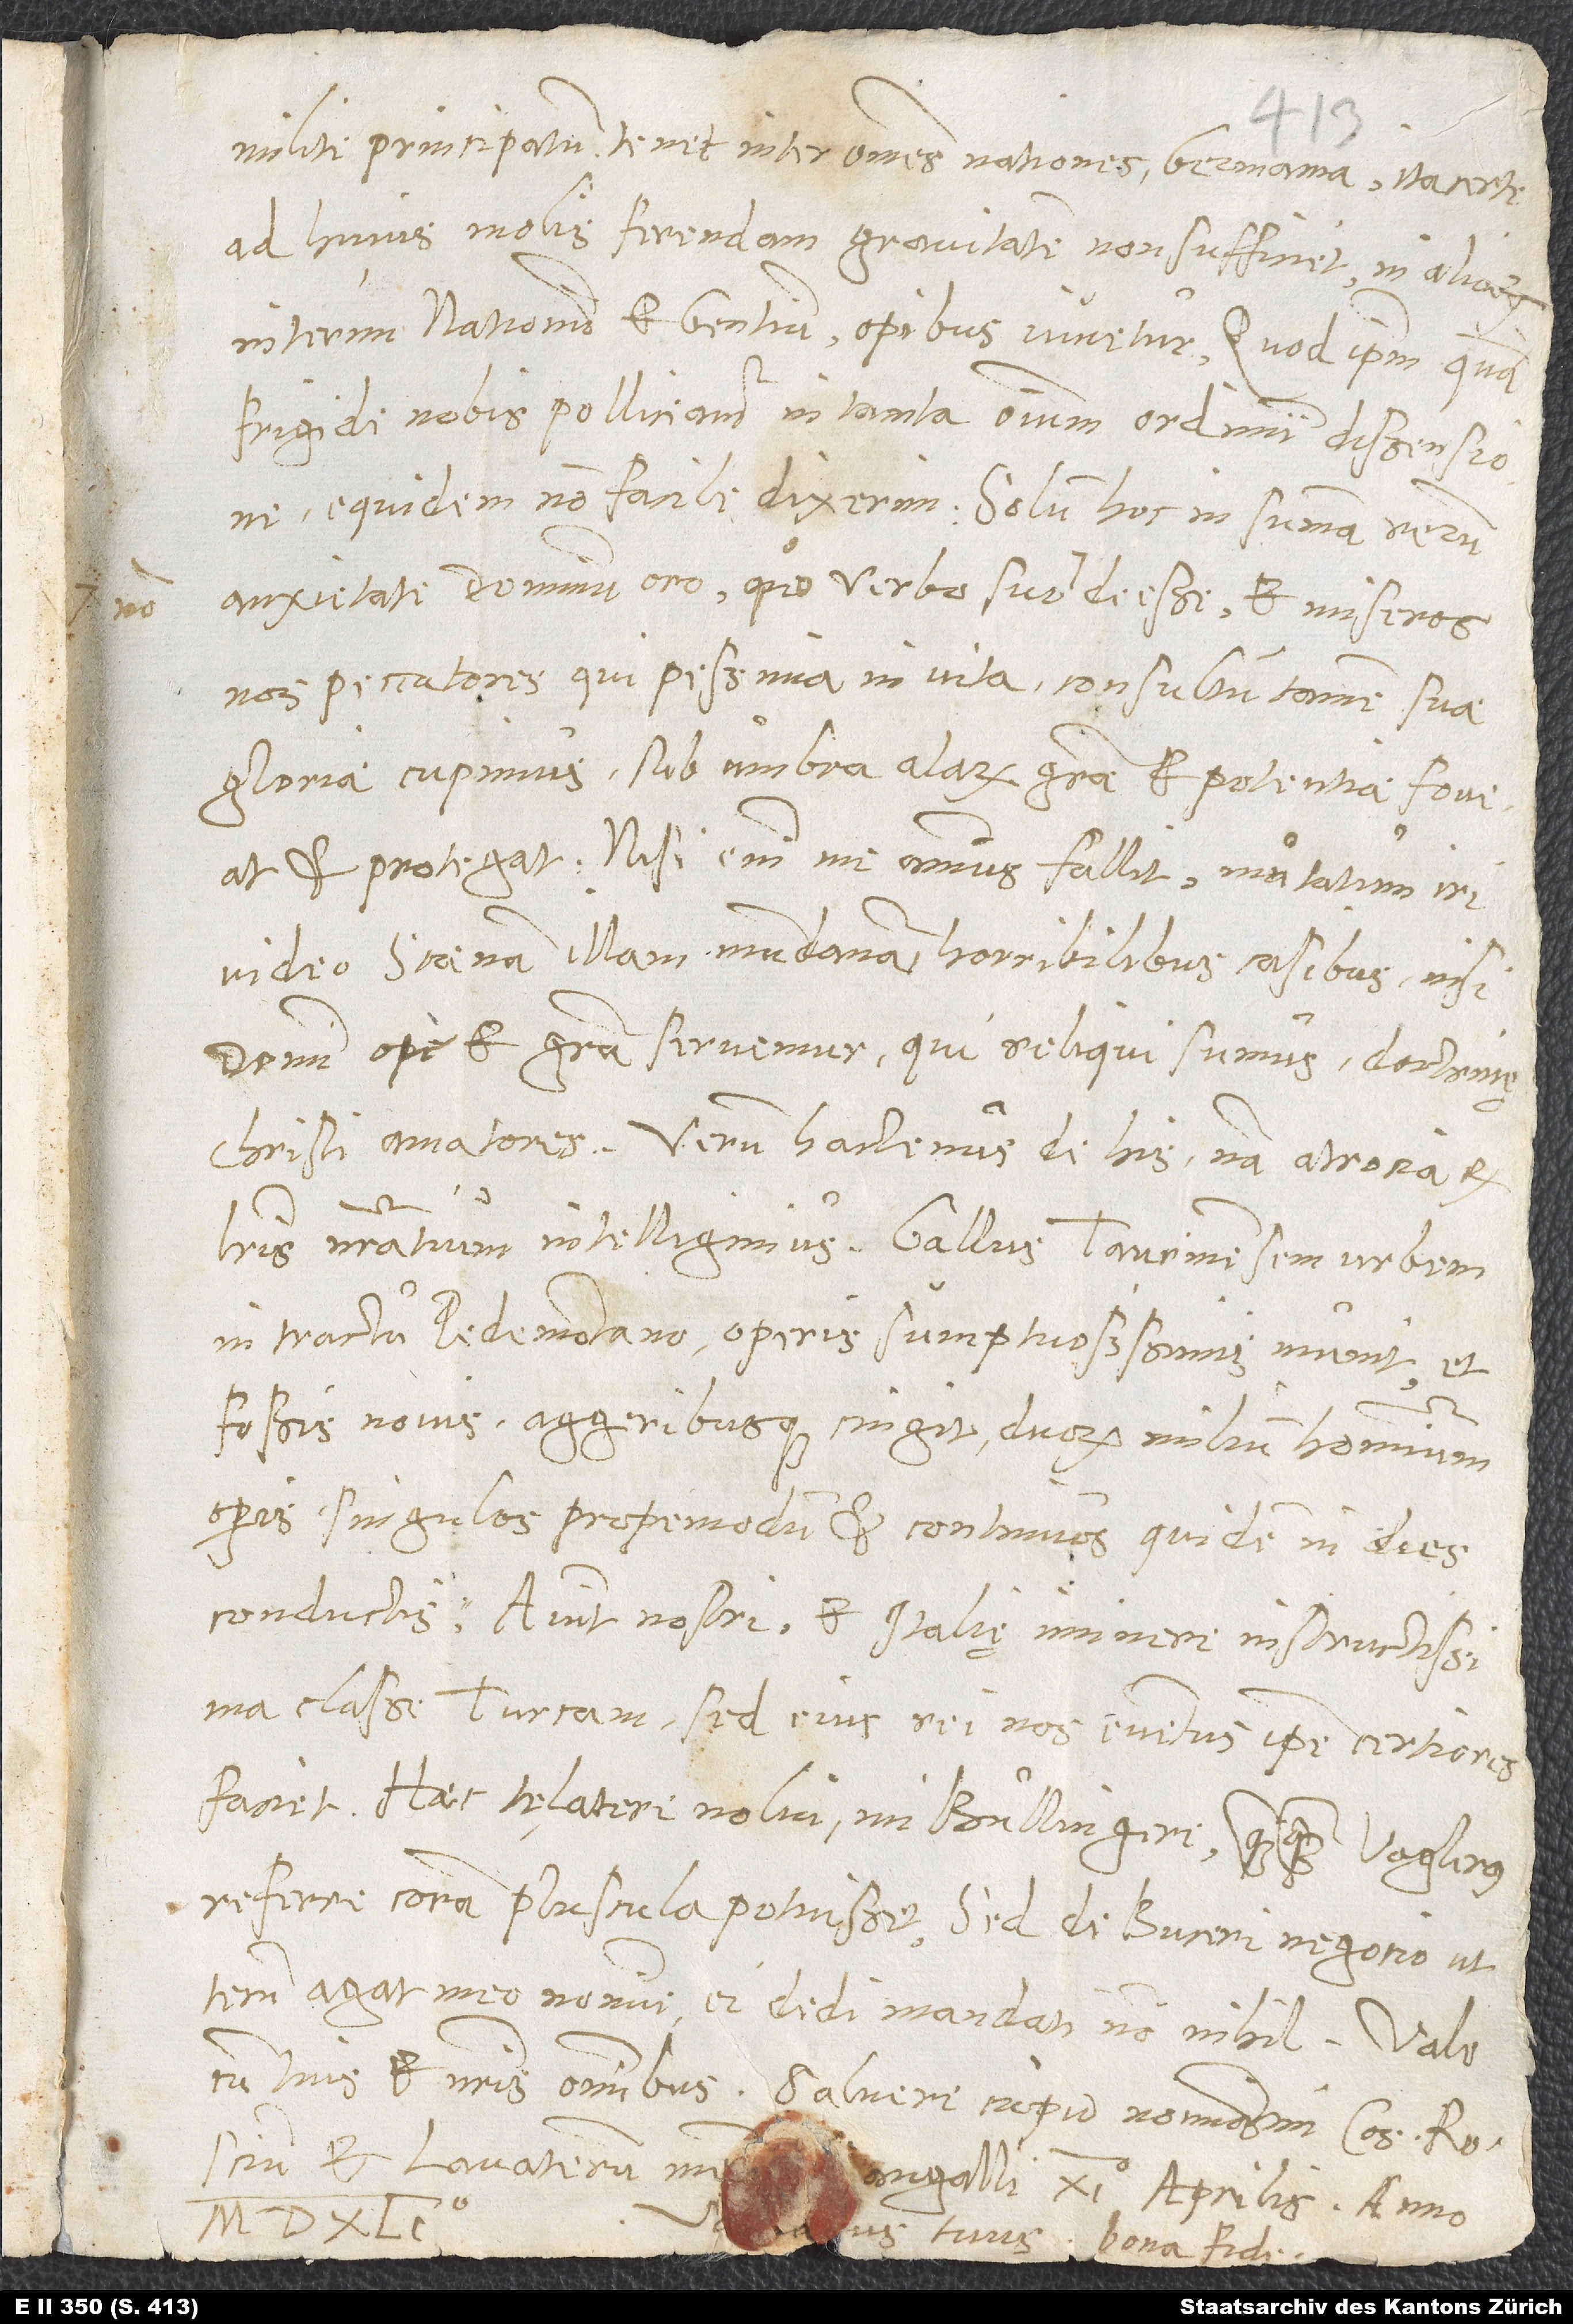
milite principatum tenet inter omnes nationes Germania, ita certe
ad huius molis ferendam gravitatem non sufficiet, ni aliarum
interim nationum et gentium opibus iuvetur. Quod ipsum quam
frigide nobis polliceantur in tanta omnium ordinum dissensione,
equidem non facile dixerim. Solum hoc in summa rerum
anxietate dominum oro, quo verbo suo non deesse et miseros
nos peccatores, qui pessima in vita consultum tamen suae
gloriae cupiunt, sub umbra alarum gratiae et potentiae foveat
et protegat. Nisi enim me animus fallit, mutatum iri
video scaenam illam mundanam horribilibus casibus, nisi
domini ope et gratia servemur, qui reliqui sumus doctrinę
Christi amatores. Verum hactenus de his; nam atrocia ex
literis nostratium intelligimus. Gallus Taurinensem urbem
in tractu Pedemontano operis sumptuosissimis munit et
fossis novis aggeribusque cingit, duorum milium hominum
operis singulos propemodum et continuos quidem in dies
conductis. Aiunt nostri et Italię imminere instructissima
classe Turcam; sed eius rei nos eventus ipse certiores
faciet. Haec te latere nolui, mi Bullingere, quamquam Voglerus
referre coram pluscula potuisset; sed de Buceri negotio ut
agat meo nomine, ei dedi mandati nonnihil. Vale
cum tuis et nostris omnibus; salvere cupio nominatim consulem Roscium
Sangalli, XI. Aprilis, anno
tuus bona fide.